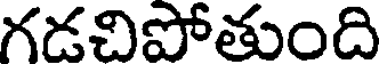
గడచిపోతుంది